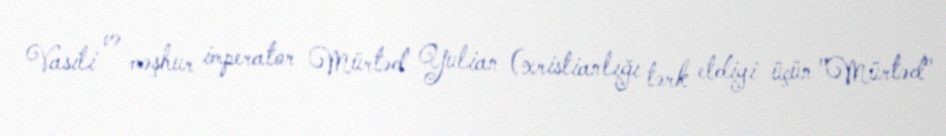
Vasili və məşhur imperator Mürtəd Yulian (xristianlığı tərk etdiyi üçün "Mürtəd"